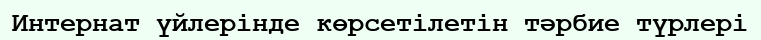
Интернат үйлерінде көрсетілетін тәрбие түрлері